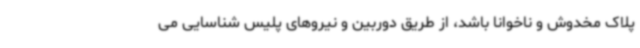
پلاک مخدوش و ناخوانا باشد، از طریق دوربین و نیروهای پلیس شناسایی می